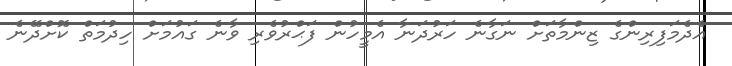
އެދެމަފިރިންގެ ޒިންމާތަށް ނަގާނެ ހަރުދަނާ އެމީހުން ފަޙްރުވެރި ވާނެ ގައުމަށް ހިދުމަތް ކޮށްދޭނެ